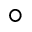
^ { \circ }